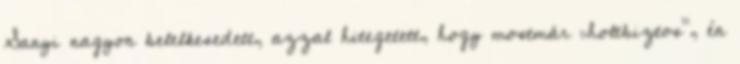
Sanyi nagyon belelkesedett, azzal hitegetett, hogy mostmár „holtbiztos”, én